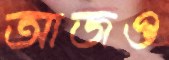
আজও